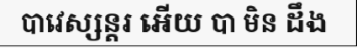
បាវេស្សន្តរ អើយ បា មិន ដឹង